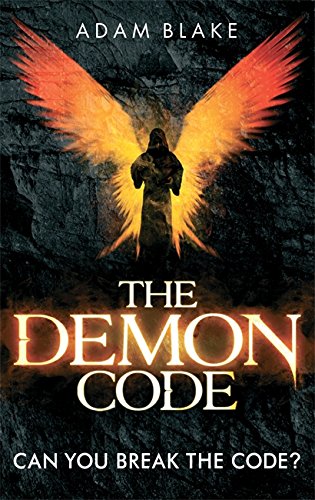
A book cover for The Demon Code; Adam Blake; Religion & Spirituality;